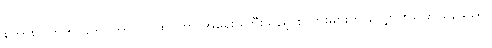
စကားလက်က ခုတင်တွင် ဝင်ထိုင်ကာ အရေးမကြီးသည့် စကားများကို လျှောက်ပြော နေသည်။